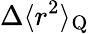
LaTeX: \Delta\langle r^{2}\rangle_{\mathrm{Q}}